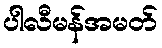
ပါလီမန်အမတ်